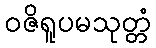
ဝဇိရူပမသုတ္တံ